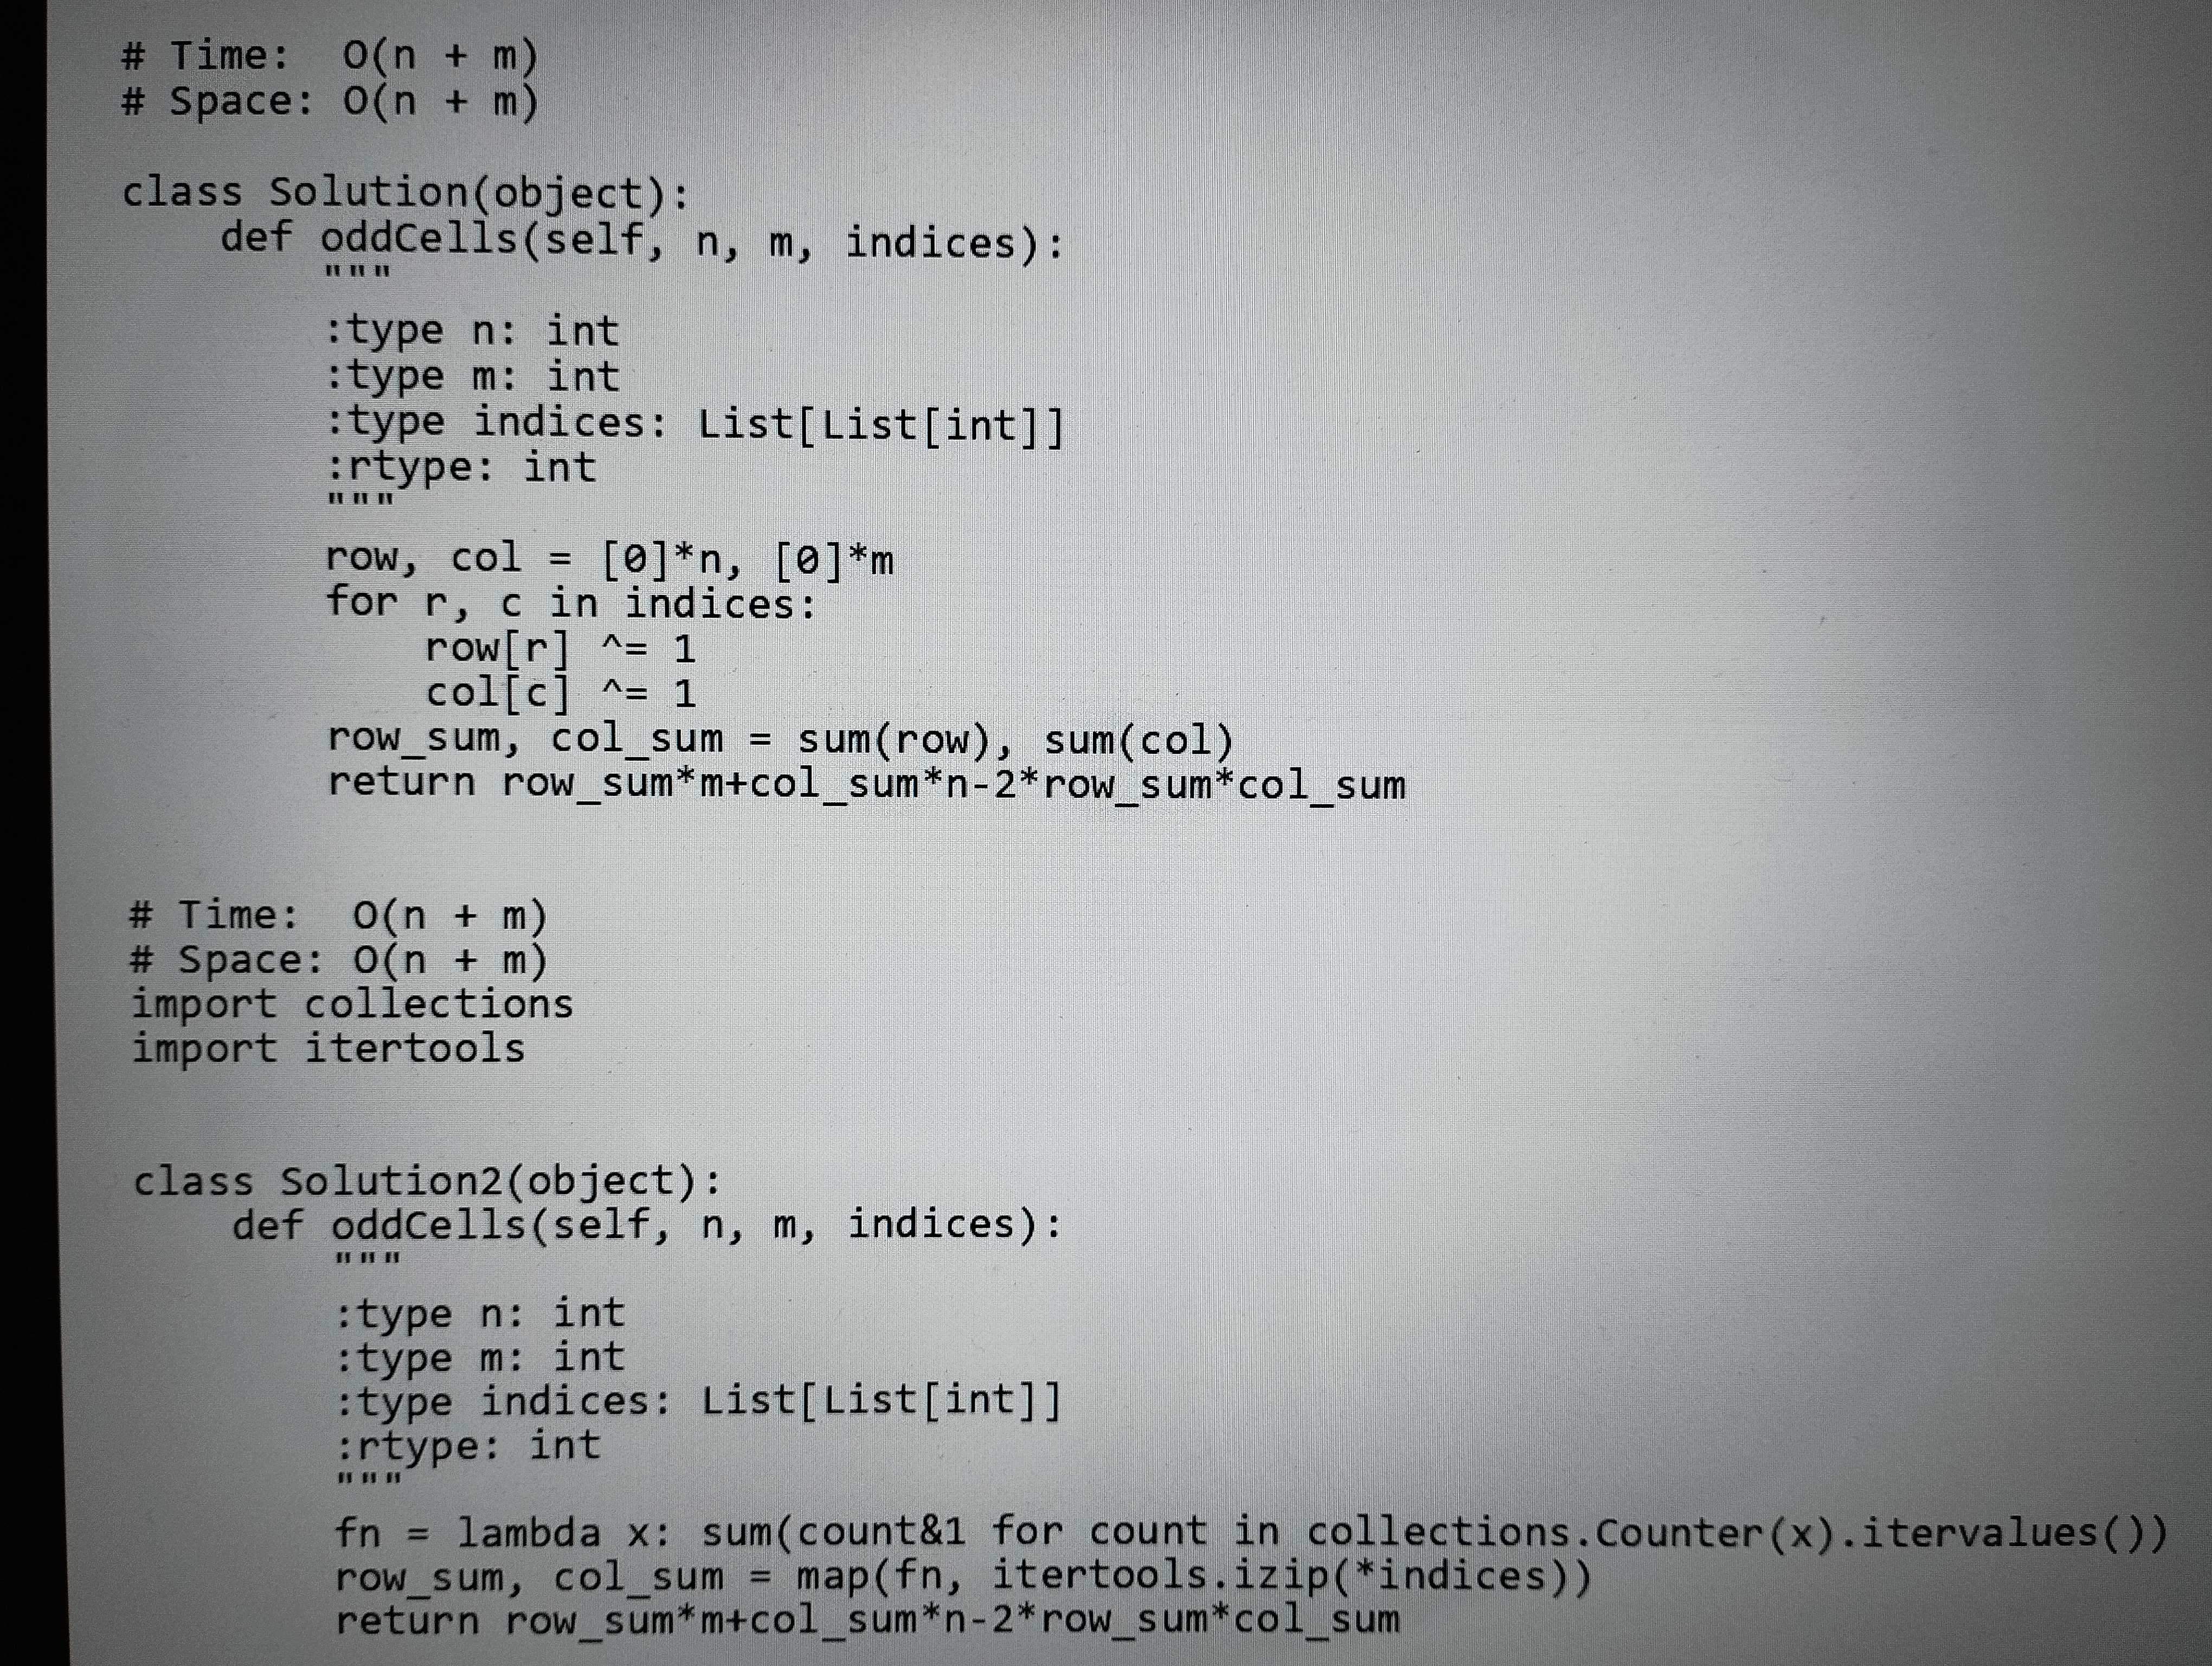
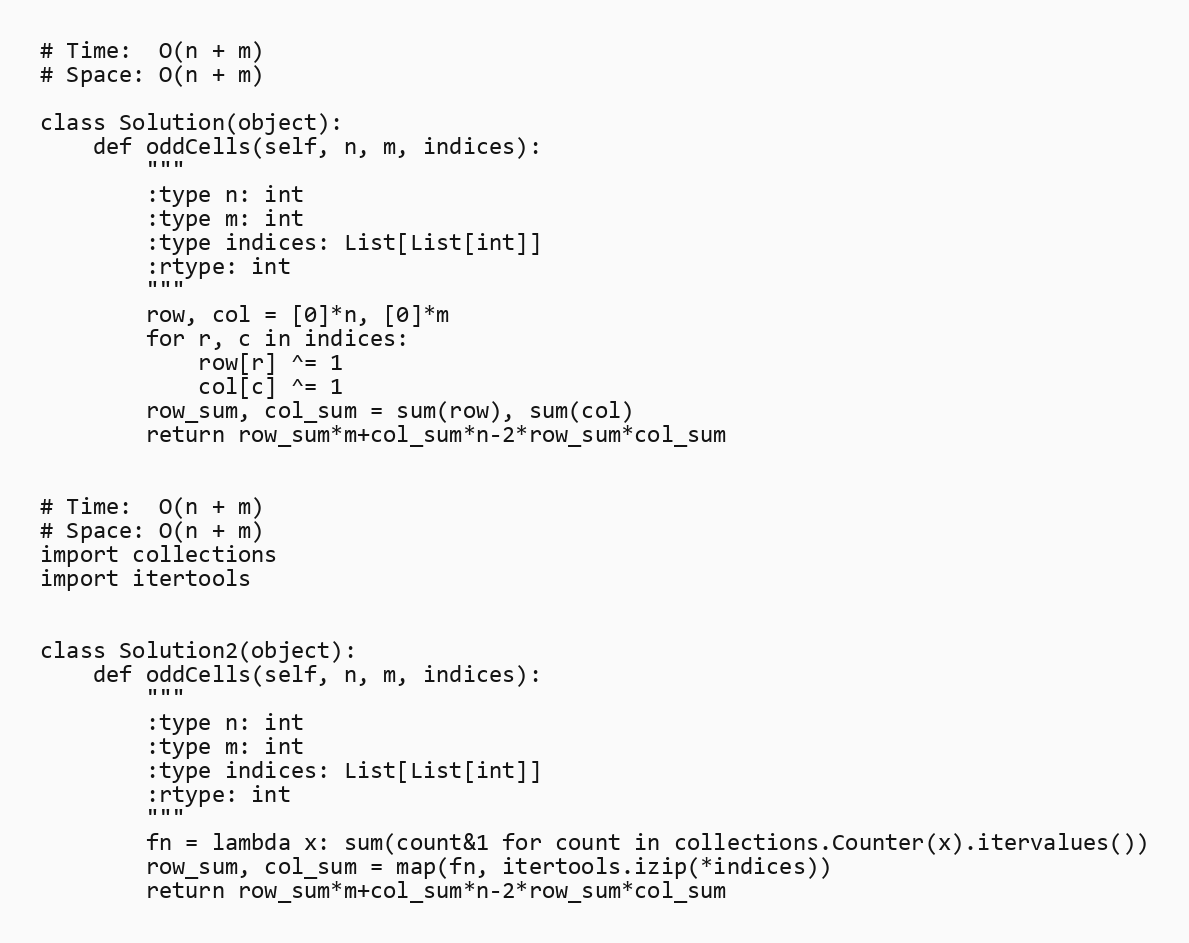
# Time:  O(n + m)
# Space: O(n + m)

class Solution(object):
    def oddCells(self, n, m, indices):
        """
        :type n: int
        :type m: int
        :type indices: List[List[int]]
        :rtype: int
        """
        row, col = [0]*n, [0]*m
        for r, c in indices:
            row[r] ^= 1
            col[c] ^= 1
        row_sum, col_sum = sum(row), sum(col)
        return row_sum*m+col_sum*n-2*row_sum*col_sum

# Time:  O(n + m)
# Space: O(n + m)
import collections
import itertools

class Solution2(object):
    def oddCells(self, n, m, indices):
        """
        :type n: int
        :type m: int
        :type indices: List[List[int]]
        :rtype: int
        """
        fn = lambda x: sum(count&1 for count in collections.Counter(x).itervalues())
        row_sum, col_sum = map(fn, itertools.izip(*indices))
        return row_sum*m+col_sum*n-2*row_sum*col_sum